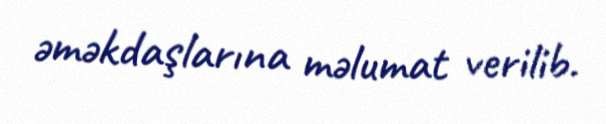
əməkdaşlarına məlumat verilib.